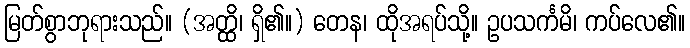
မြတ်စွာဘုရားသည်။ (အတ္ထိ၊ ရှိ၏။) တေန၊ ထိုအရပ်သို့။ ဥပသင်္ကမိ၊ ကပ်လေ၏။